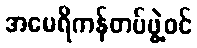
အမေရိကန်တပ်ဖွဲ့ဝင်